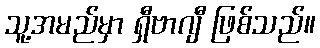
သူ့အမည်မှာ ရှီဗာဂျီ ဖြစ်သည်။